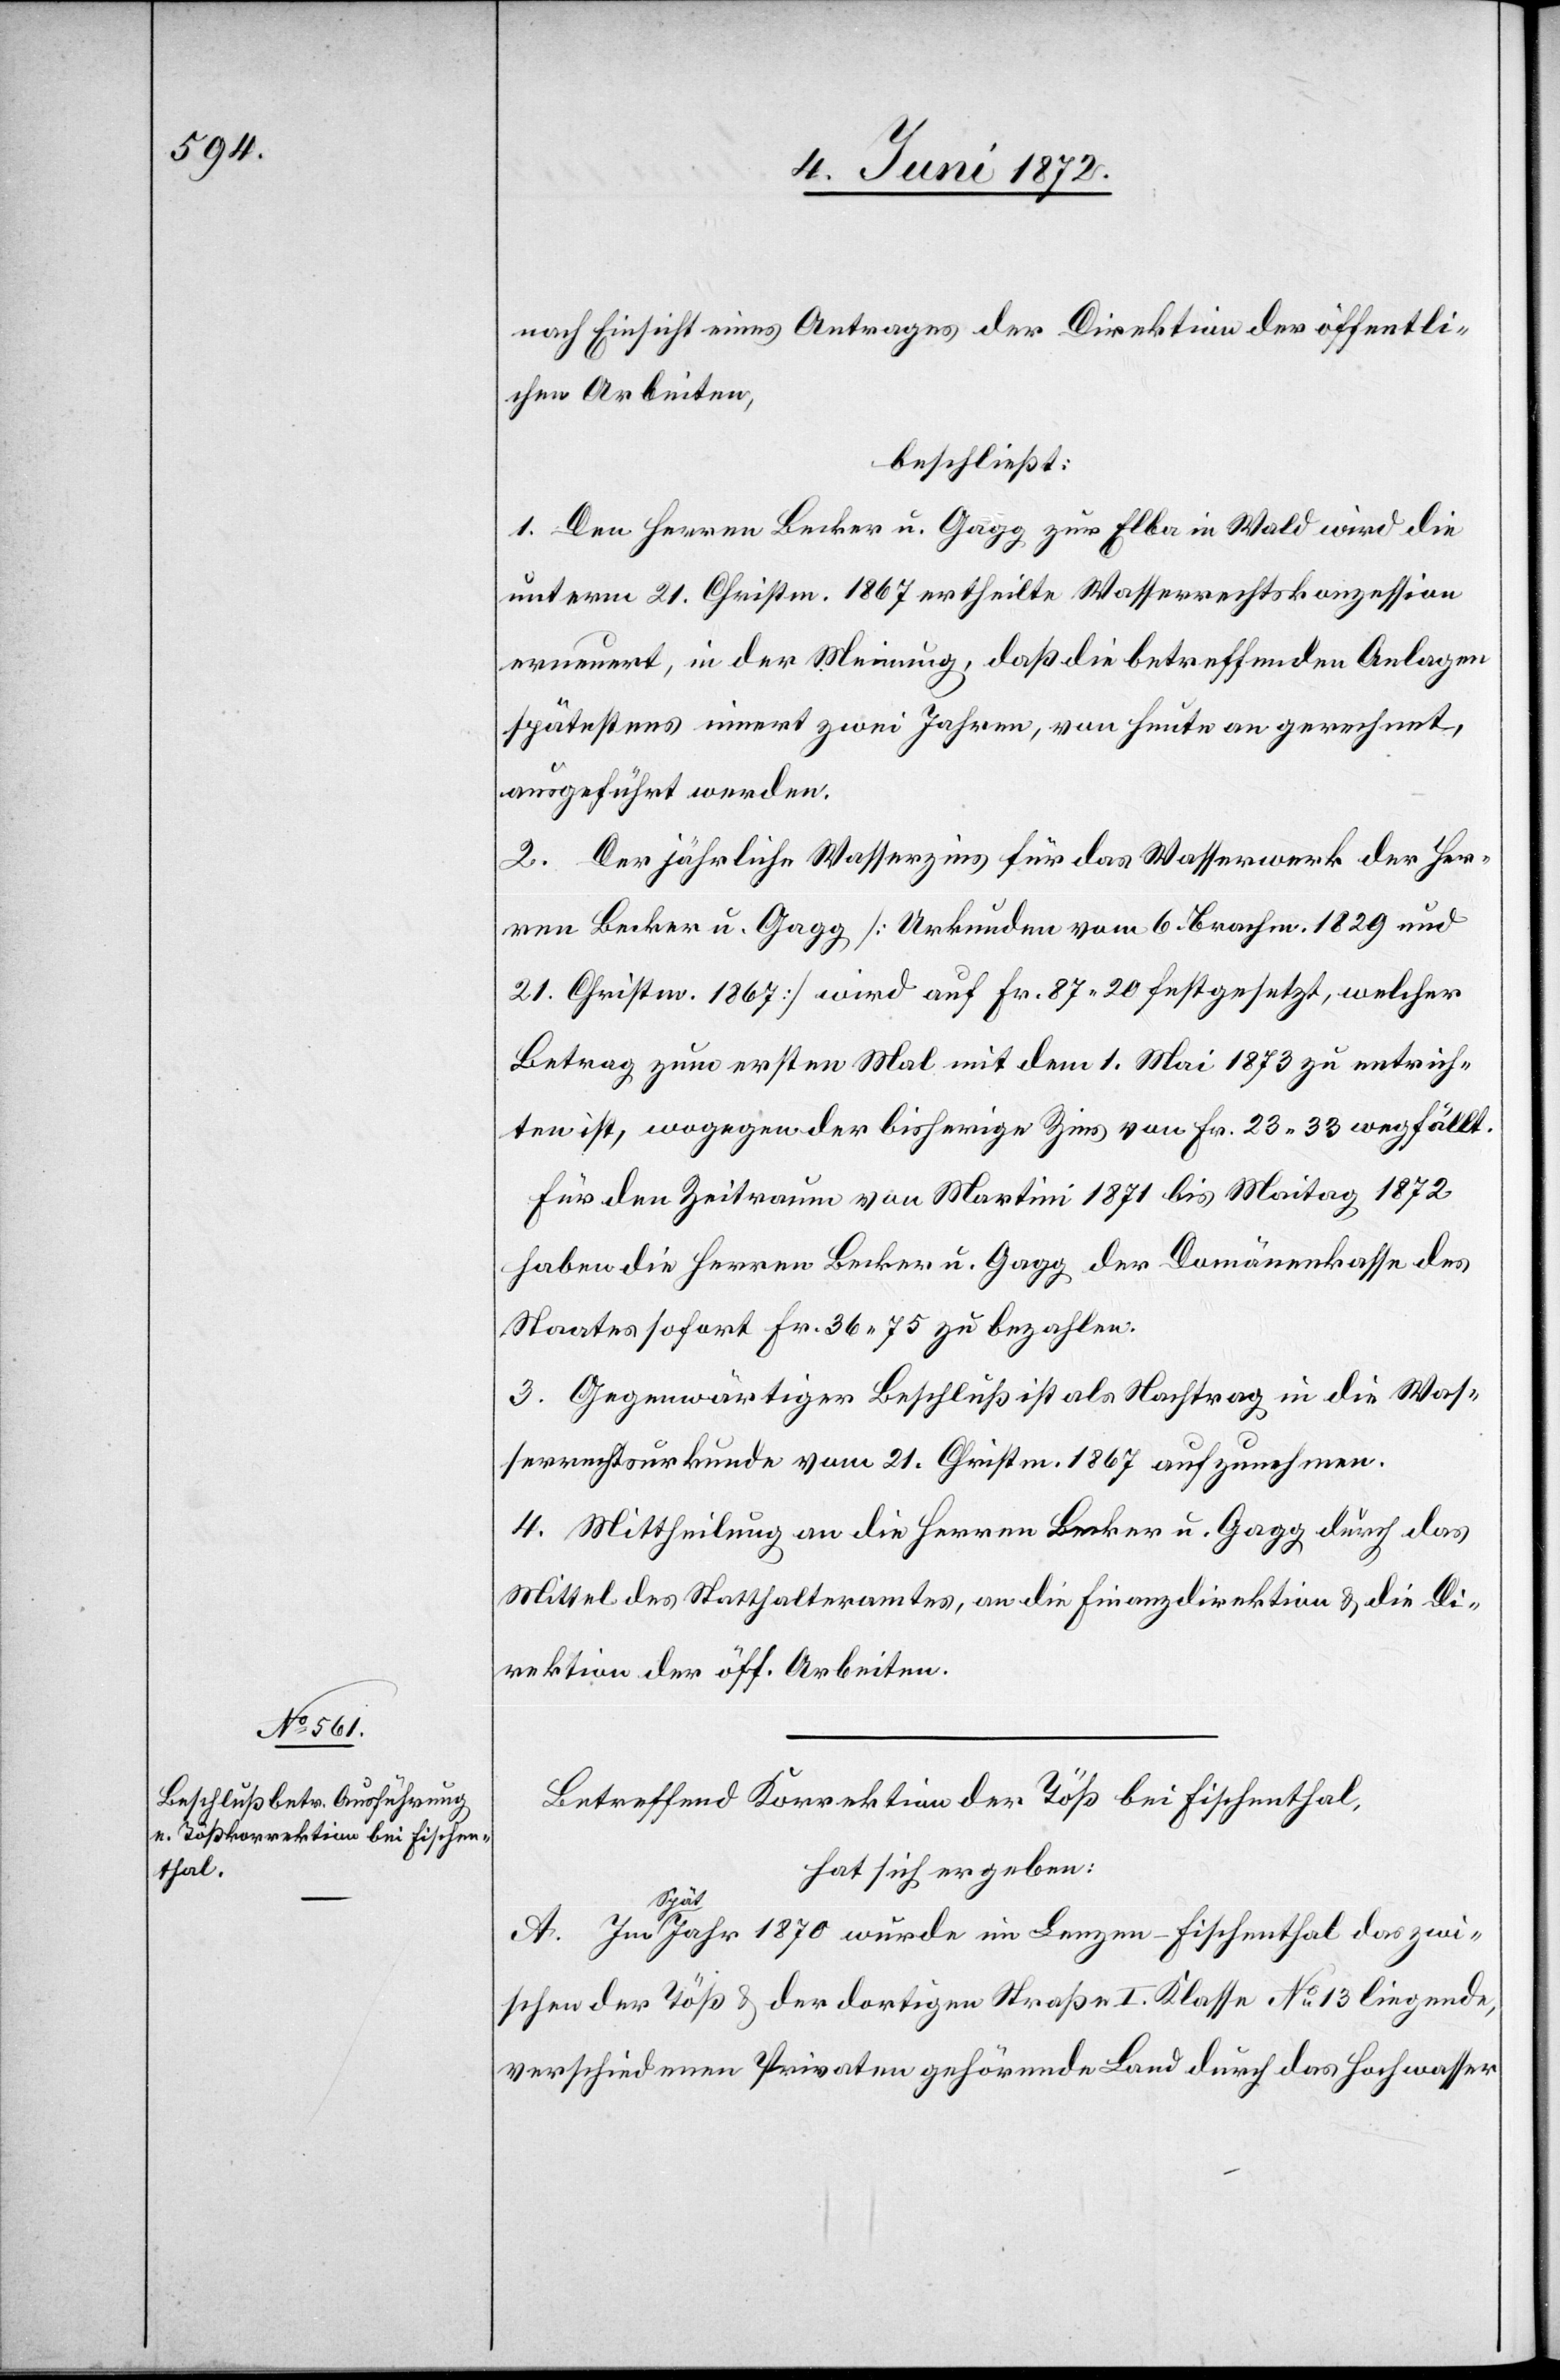
nach Einsicht eines Antrages der Direktion der öffentli¬
chen Arbeiten,
beschließt:
1. Den Herren Becker u. Gagg zur Elba in Wald wird die
unterm 21. Christm. 1867 ertheilte Wasserrechtskonzession
erneuert, in der Meinung, daß die betreffenden Anlagen
spätestens innert zwei Jahren, von heute an gerechnet,
ausgeführt werden.
2. Der jährliche Wasserzins für das Wasserwerk der Her¬
ren Becker u. Gagg [Urkunden vom 6. Brachm. 1829 und
21. Christm. 1867] wird auf Fr. 87 20 festgesetzt, welcher
Betrag zum ersten Mal mit dem 1. Mai 1873 zu entrich¬
ten ist, wogegen der bisherigen Zins von Fr. 23 33 wegfällt.
Für den Zeitraum von Martini 1871 bis Maitag 1872
haben die Herren Becker u. Gagg der Domänenkasse des
Staates sofort Fr. 36 75 zu bezahlen.
3. Gegenwärtiger Beschluß ist als Nachtrag in die Was¬
serrechtsurkunde vom 21. Christm. 1867 aufzunehmen.
4. Mittheilung an die Herren Becker u. Gagg durch das
Mittel des Statthalteramtes, an die Finanzdirektion u. die Di¬
rektion der öff. Arbeiten.
Betreffend Korrektion der Töß bei Fischenthal,
hat sich ergeben:
A. Im Spätjahr 1870 wurde im Lenzen-Fischenthal das zwi¬
schen der Töß u. der dortigen Straße I. Klasse No 13 liegende,
verschiedenen Privaten gehörende Land durch das Hochwasser